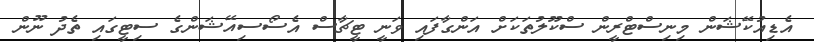
އެޑިއުކޭޝަން މިނިސްޓްރީން ސްކޫލުތަކަށް އަންގާފައި ވަނީ ޓީޗާސް އެސޯސިއޭޝަންގެ ސިޓީގައި ތެދު ނޫން